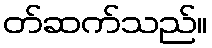
တ်ဆက်သည်။